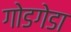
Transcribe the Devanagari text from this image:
गोडगेडा